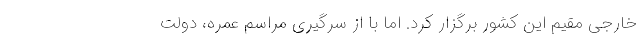
خارجی مقیم این کشور برگزار کرد. اما با از سرگیری مراسم عمره، دولت